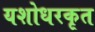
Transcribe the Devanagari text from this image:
यशोधरकृत